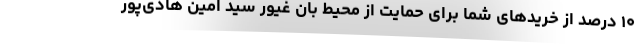
۱۰ درصد از خریدهای شما برای حمایت از محیط بان غیور سید امین هادی‌پور